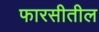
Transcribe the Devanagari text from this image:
फारसीतील